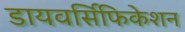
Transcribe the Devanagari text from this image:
डायवर्सिफिकेशन